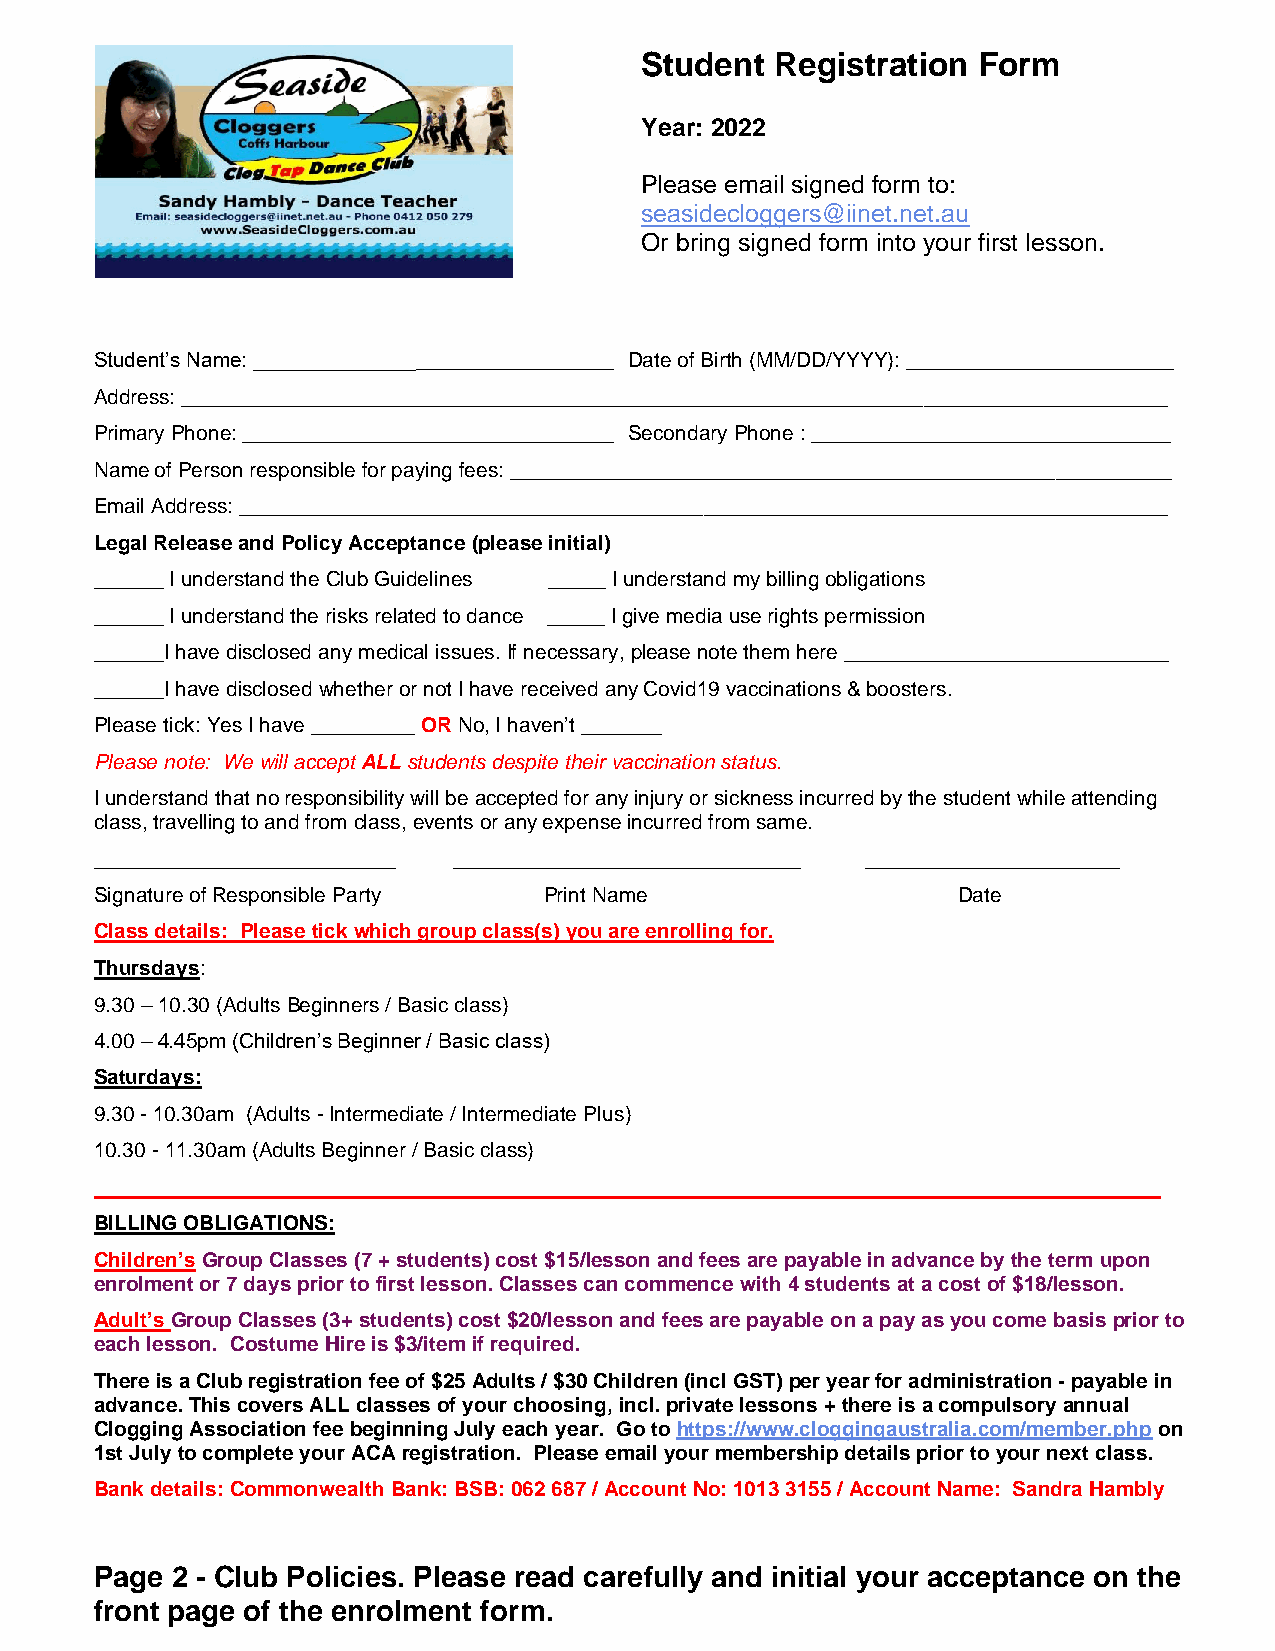
Student  Registration  Form
 Year: 2022
 Please email signed form to:
 seasidecloggers@iinet.net.au
 Or bring signed form into your first lesson.
 Student’s Name: _______________________________ Date of Birth (MM/DD/YYYY): _______________________
 Address: _____________________________________________________________________________________
 Primary Phone: ________________________________ Secondary Phone : _______________________________
 Name of Person responsible for paying fees: _________________________________________________________
 Email Address: ________________________________________________________________________________
 Legal Release and Policy Acceptance (please initial)
 ______ I understand the Club Guidelines _____ I understand my billing obligations
 ______ I understand the risks related to dance _____ I give media use rights permission
 ______I have disclosed any medical issues. If necessary, please note them here ____________________________
 ______I have disclosed whether or not I have received any Covid19 vaccinations & boosters.
 Please tick: Yes I have _________ OR No, I haven’t _______
 Please note: We will accept ALL students despite their vaccination status.
 I understand that no responsibility will be accepted for any injury or sickness incurred by the student while attending
 class, travelling to and from class, events or any expense incurred from same.
 __________________________ ______________________________ ______________________
 Signature of Responsible Party Print Name                Date
 Class details: Please tick which group class(s) you are enrolling for.
 Thursdays:
 9.30 – 10.30 (Adults Beginners / Basic class)
 4.00 – 4.45pm (Children’s Beginner / Basic class)
 Saturdays:
 9.30 - 10.30am (Adults - Intermediate / Intermediate Plus)
 10.30 - 11.30am (Adults Beginner / Basic class)
 ____________________________________________________________________________________________
 BILLING OBLIGATIONS:
 Children’s Group Classes (7 + students) cost $15/lesson and fees are payable in advance by the term upon
 enrolment or 7 days prior to first lesson. Classes can commence with 4 students at a cost of $18/lesson.
 Adult’s Group Classes (3+ students) cost $20/lesson and fees are payable on a pay as you come basis prior to
 each lesson. Costume Hire is $3/item if required.
 There is a Club registration fee of $25 Adults / $30 Children (incl GST) per year for administration - payable in
 advance. This covers ALL classes of your choosing, incl. private lessons + there is a compulsory annual
 Clogging Association fee beginning July each year. Go to https://www.cloggingaustralia.com/member.php on
 1st July to complete your ACA registration. Please email your membership details prior to your next class.
 Bank details: Commonwealth Bank: BSB: 062 687 / Account No: 1013 3155 / Account Name: Sandra Hambly
 Page 2 - Club Policies. Please read carefully and initial your acceptance on the
 front page of the enrolment form.